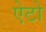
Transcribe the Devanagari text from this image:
ऐटो